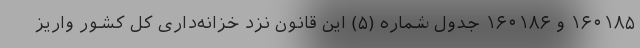
۱۶۰۱۸۵ و ۱۶۰۱۸۶ جدول شماره (۵) این قانون نزد خزانه‌داری کل کشور واریز